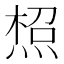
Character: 𤋐